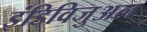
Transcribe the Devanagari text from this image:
इंडिविजुअल